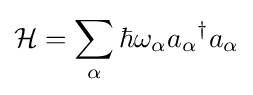
{\mathcal {H}}=\sum _{\alpha }\hbar \omega _{\alpha }{a_{\alpha }}^{\dagger }a_{\alpha }